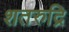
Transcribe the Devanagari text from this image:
शतरुद्रि